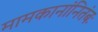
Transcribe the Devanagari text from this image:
मामकानांनितंबः